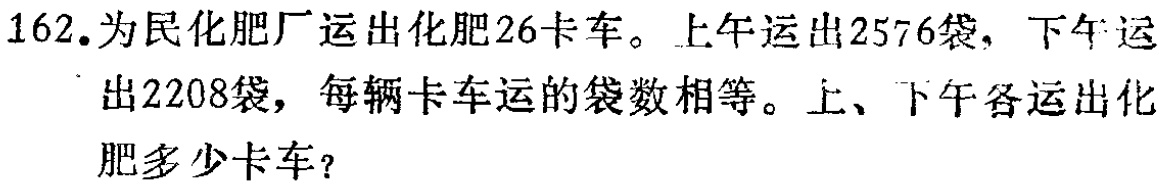
162.为民化肥厂运出化肥26卡车。上午运出2576袋，下午运出2208袋，每辆卡车运的袋数相等。上、下午各运出化肥多少卡车？